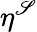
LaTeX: \eta^{\mathscr{S}}